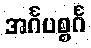
အင်္ဂပစ္စင်္ဂ